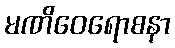
မဏိဝေရောစနာ